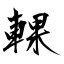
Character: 輠